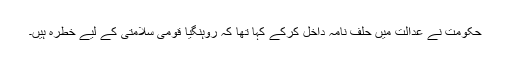
حکومت نے عدالت میں حلف نامہ داخل کرکے کہا تھا کہ روہنگیا قومی سلامتی کے لیے خطرہ ہیں۔